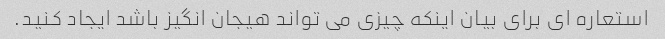
استعاره ای برای بیان اینکه چیزی می تواند هیجان انگیز باشد ایجاد کنید.